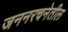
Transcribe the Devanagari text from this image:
जननरचनेतील